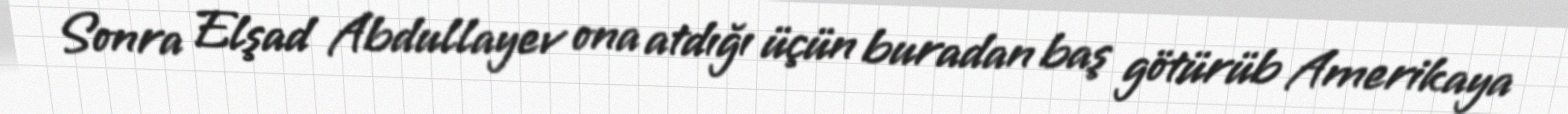
Sonra Elşad Abdullayev ona atdığı üçün buradan baş götürüb Amerikaya